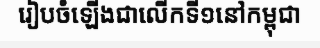
រៀបចំឡើងជាលើកទី១នៅកម្ពុជា